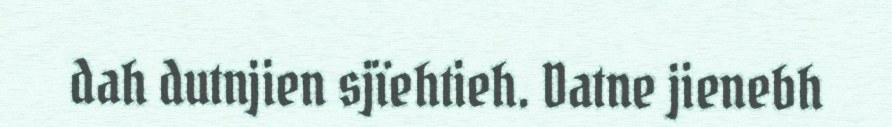
dah dutnjien sjïehtieh. Datne jienebh